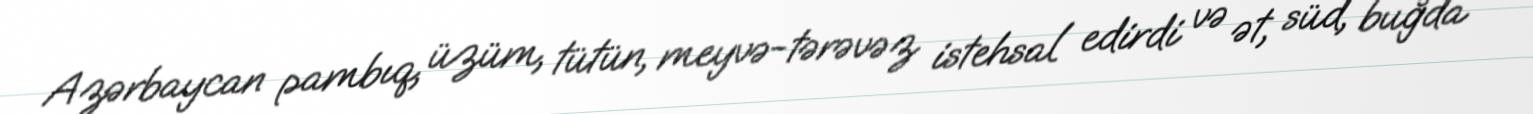
Azərbaycan pambıq, üzüm, tütün, meyvə-tərəvəz istehsal edirdi və ət, süd, buğda